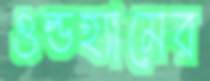
ওল্ডহ্যামের